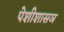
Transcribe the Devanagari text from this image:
पेशीशासञ